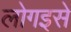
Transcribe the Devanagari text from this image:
लोगइसे